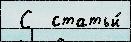
 С  статьи́